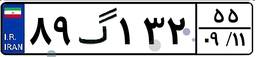
۱۷گ۸۱۶۱۵